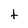
Character: t